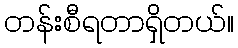
တန်းစီရတာရှိတယ်။